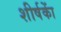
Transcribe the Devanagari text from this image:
शीर्षकाें